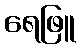
ရေဖြူ